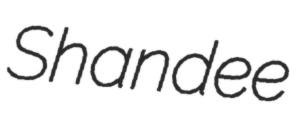
Shandee